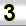
Digit: 3